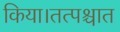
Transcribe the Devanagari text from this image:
किया।तत्पश्चात